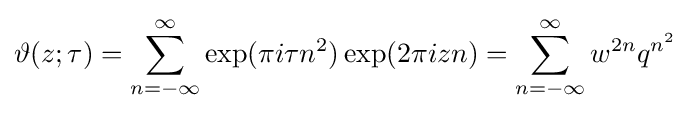
\vartheta (z;\tau )=\sum _{n=-\infty }^{\infty }\exp(\pi i\tau n^{2})\exp(2\pi izn)=\sum _{n=-\infty }^{\infty }w^{2n}q^{n^{2}}